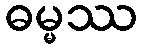
ဓမ္မဿ